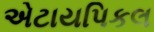
એટાયપિકલ